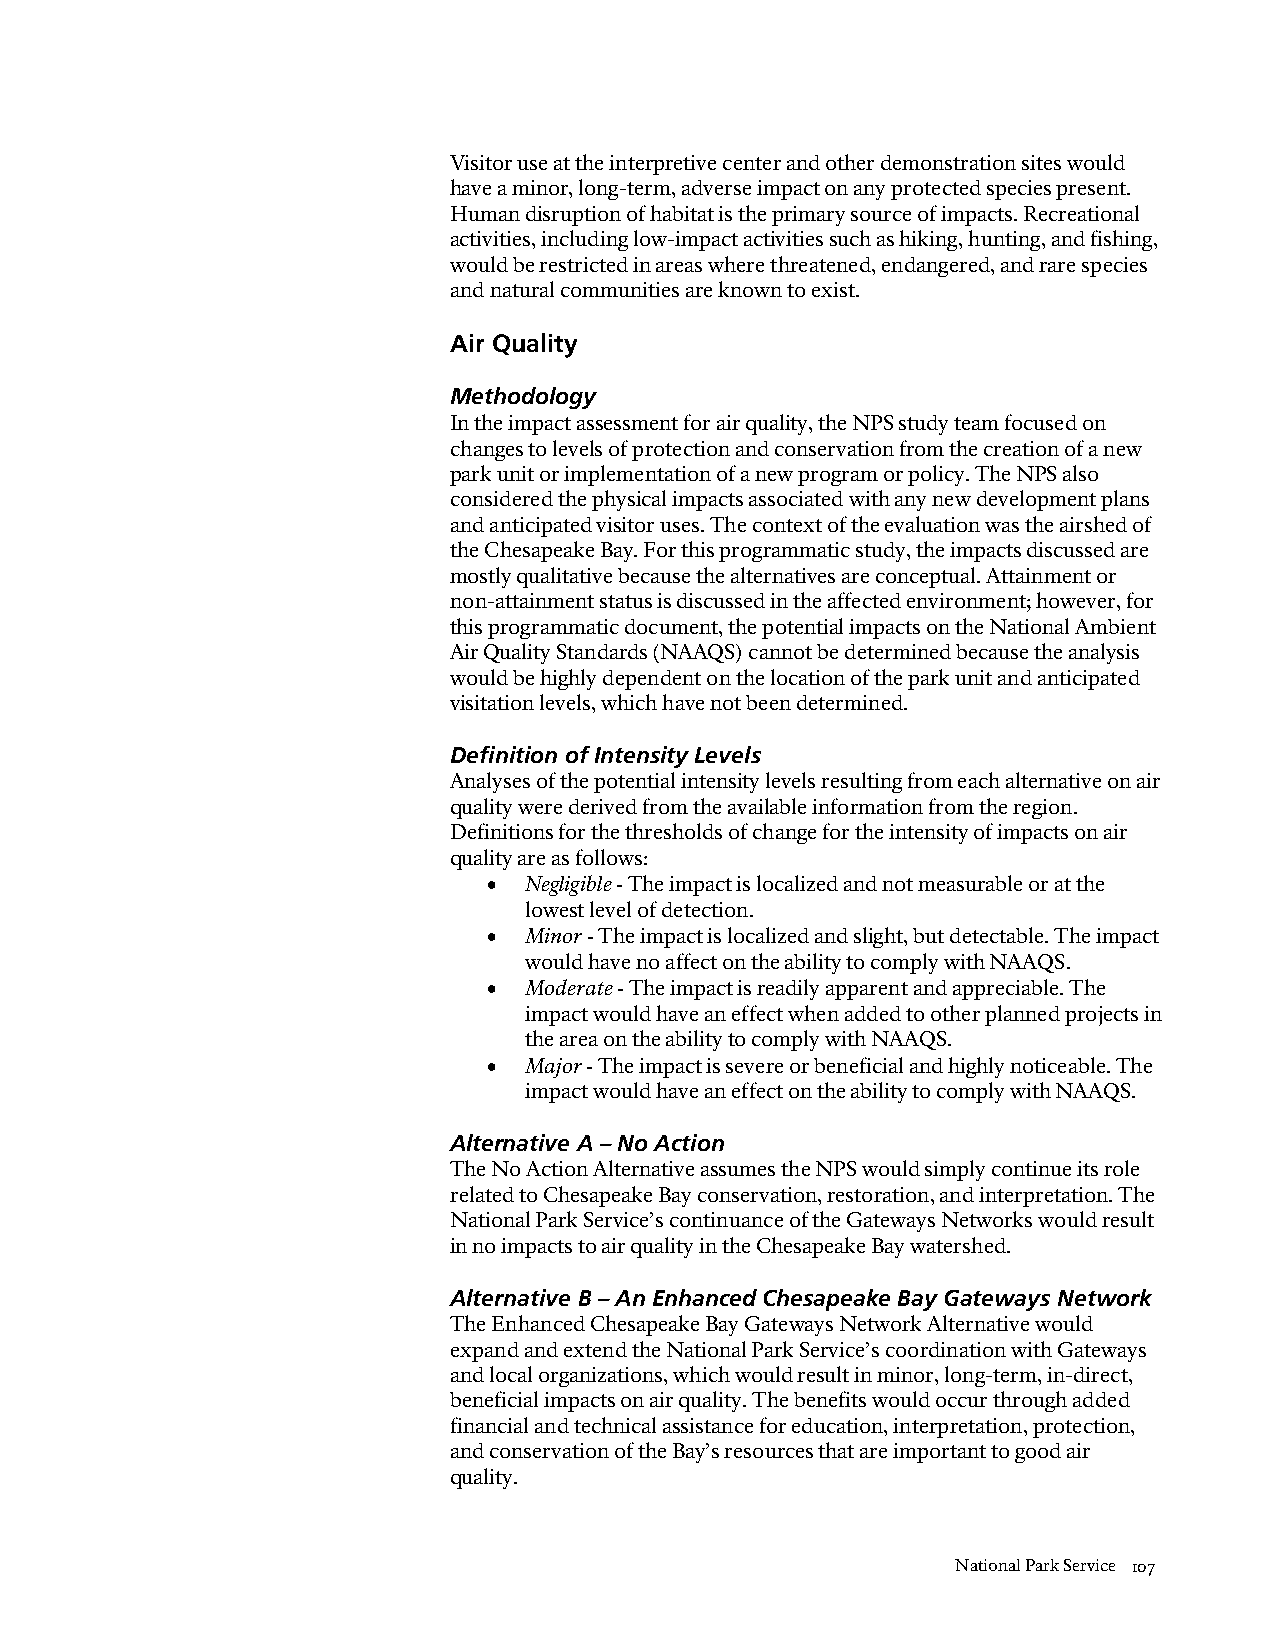
Visitor use at the interpretive center and other demonstration sites would
 have a minor, long-term, adverse impact on any protected species present.
 Human disruption of habitat is the primary source of impacts. Recreational
 activities, including low-impact activities such as hiking, hunting, and fishing,
 would be restricted in areas where threatened, endangered, and rare species
 and natural communities are known to exist.
 Air Quality
 Methodology
 In the impact assessment for air quality, the NPS study team focused on
 changes to levels of protection and conservation from the creation of a new
 park unit or implementation of a new program or policy. The NPS also
 considered the physical impacts associated with any new development plans
 and anticipated visitor uses. The context of the evaluation was the airshed of
 the Chesapeake Bay. For this programmatic study, the impacts discussed are
 mostly qualitative because the alternatives are conceptual. Attainment or
 non-attainment status is discussed in the affected environment; however, for
 this programmatic document, the potential impacts on the National Ambient
 Air Quality Standards (NAAQS) cannot be determined because the analysis
 would be highly dependent on the location of the park unit and anticipated
 visitation levels, which have not been determined.
 Definition of Intensity Levels
 Analyses of the potential intensity levels resulting from each alternative on air
 quality were derived from the available information from the region.
 Definitions for the thresholds of change for the intensity of impacts on air
 quality are as follows:
 •  Negligible - The impact is localized and not measurable or at the
 lowest level of detection.
 •  Minor - The impact is localized and slight, but detectable. The impact
 would have no affect on the ability to comply with NAAQS.
 •  Moderate - The impact is readily apparent and appreciable. The
 impact would have an effect when added to other planned projects in
 the area on the ability to comply with NAAQS.
 •  Major - The impact is severe or beneficial and highly noticeable. The
 impact would have an effect on the ability to comply with NAAQS.
 Alternative A – No Action
 The No Action Alternative assumes the NPS would simply continue its role
 related to Chesapeake Bay conservation, restoration, and interpretation. The
 National Park Service’s continuance of the Gateways Networks would result
 in no impacts to air quality in the Chesapeake Bay watershed.
 Alternative B – An Enhanced Chesapeake Bay Gateways Network
 The Enhanced Chesapeake Bay Gateways Network Alternative would
 expand and extend the National Park Service’s coordination with Gateways
 and local organizations, which would result in minor, long-term, in-direct,
 beneficial impacts on air quality. The benefits would occur through added
 financial and technical assistance for education, interpretation, protection,
 and conservation of the Bay’s resources that are important to good air
 quality.
 National Park Service 107